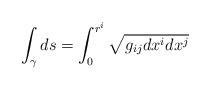
LaTeX: \begin{align*}\int_\gamma ds = \int_0^{r^i} \sqrt{g_{ij}dx^i dx^j}\end{align*}